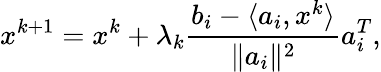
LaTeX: x^{k+1}=x^{k}+\lambda_{k}{\frac{b_{i}-\langle a_{i},x^{k}\rangle}{\| a_{i}\| ^{2}}}a_{i}^{T},